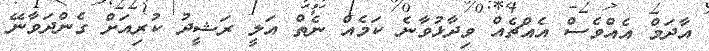
އާދަމް އެއްވެސް އެއްޗެއް ވިދާޅުވާނެ ކަމެއް ނެތް އަލީ ރަޝީދު ކުރިއަށް ގެންދަވާނޭ